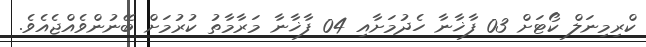
ކްރިމިނަލް ކޯޓަށް 03 ފާޚާނާ ހެދުމަށާއި 04 ފާޚާނާ މަރާމާތު ކުރުމަށް ބޭނުންވެއްޖެއެވެ.